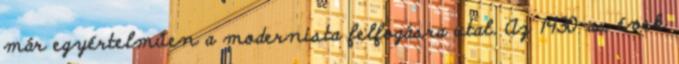
már egyértelműen a modernista felfogásra utal. Az 1930-as évek